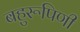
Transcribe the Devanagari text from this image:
बहुरूपिणी